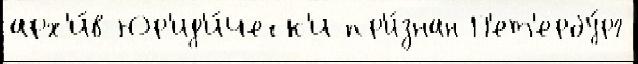
арх'и́в Юр'ид'и́ческ'и пр'и́знан П'ет'ербу́рг